Sanitation, dispensaries and jails vaccination Rajputana 1922-1927 - 1922-1927
Year: 1922
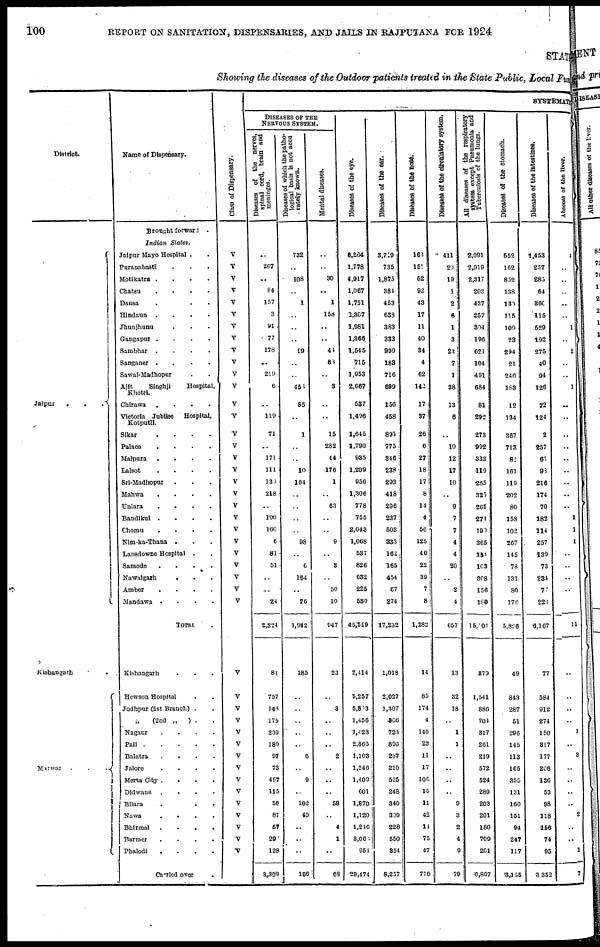
100
REPORT ON SANITATION, DISPENSARIES, AND JAILS IN RAJPUTANA FOR 1924
STAT
Showing the diseases of the Outdoor patients treated in the State Public, Local Fund
District.
Jaipur
...
Kishangarh ..
Marwar
...
Name of Dispensary.
Brought forward
.
Indian
States.
Jaipur Mayo Hospital ..
Puranabasti ...
Motikatra ....
Chatsu
.
.
.
.
Dausa ...
Hindaun .
.
.
.
Jhunjhunu ...
Gangapur .
.
.
.
Sambhar .
.
.
.
Sanganer .
.
.
.
Sawai-Madhopur ..
Ajit
Singhji
Hospital,
Khetri
Chirawa .
.
.
.
Victoria Jubilee
Hospital,
Kotputli.
Sikar
.
.
.
.
Palace
.
.
.
.
Malpura .
.
.
.
Lalsot
.
.
.
.
Sri-Madhopur ...
Mahwa
.
.
.
.
Uniara
.
.
.
.
Bandikui .
.
.
.
Chomu
.
.
.
.
Nim-ka-Thana ...
Lansdowne Hospital ..
Samode .
.
.
.
Nawalgarh ...
Amber
.
.
.
.
Mandawa .
.
.
.
TOTAL .
Kishangarh ...
Hewson Hospital ..
Jodhpur (1st Branch) ..
„
(2nd „
) . .
Nagaur
.
.
.
.
Pali
Balatra
.
.
.
.
Jalore
.
.
.
.
Merta City .
.
.
.
Didwana .
.
.
.
Bilara ...
Nawa
.
.
.
.
Bhirmal .
.
.
.
Barmer
.
.
.
.
Phalodi .
.
.
.
Carried over .
Class of Dispensary.
V
V
V
V
V
V
V
V
V
V
V
V
V
V
V
V
V
V
V
V
V
V
V
V
V
V
V
V
V
V
V
V
V
V
V
V
V
V
V
V
V
V
V
V
SYSTEMATIC
DISEASES OF THE
NERVOUS SYSTEM.
Diseases of the nerves,
spinal cord, brain and
meninges.
..
267
..
84
157
3
91
77
178
..
219
6
..
119
71
..
171
111
130
218
..
100
160
6
81
51
..
..
24
2,324
81
757
540
175
239
189
97
73
497
115
56
81
57
29
128
3,309
Diseases of which the patho-
logical basis is not accu
rately known.
732
..
108
..
1
..
..
..
99
..
..
450
85
..
1
..
..
10
104
..
..
..
..
98
..
6
164
..
76
1,942
185
..
..
..
..
..
6
..
9
..
102
49
..
..
..
166
Mental diseases.
..
..
30
..
1
158
..
..
41
88
..
3
..
..
15
282
44
176
1
..
63
..
..
9
..
3
..
50
10
947
23
..
3
..
..
..
2
..
..
..
58
..
4
1
..
68
Diseases of the eye.
6,264
1,778
4,917
1,067
1,751
2,307
1,981
1,366
1,545
715
1,953
2,667
537
1,496
1,645
1,790
935
1,209
956
1,306
778
755
2,043
1,068
537
826
632
225
530
45,519
2,414
5,257
5,803
1,456
1,428
2,865
1,103
1,246
1,409
601
1,870
1,120
1,216
3,061
951
29,474
Diseases of the ear.
3,719
735
1,875
381
453
638
383
333
999
183
716
699
156
458
895
775
346
238
293
418
296
237
503
333
162
165
454
67
274
17,232
1,018
2,027
1,307
366
723
893
237
210
525
248
340
309
228
550
354
8,257
Diseases of the nose.
160
151
52
92
43
17
11
40
34
4
62
142
17
37
26
6
27
18
17
8
14
4
56
125
40
22
39
7
8
1,282
14
85
174
4
146
23
11
17
100
15
11
42
11
75
47
770
Diseases of the circulatory system.
411
20
19
1
2
6
1
3
23
7
1
38
13
6
..
10
12
17
10
..
9
7
7
4
4
20
..
2
4
657
13
32
18
..
1
1
..
..
..
..
9
3
2
4
9
79
All diseases of the respiratory
System except Pneumonia and
Tuberculosis of the lungs.
2,091
2,919
2,317
203
437
257
304
196
621
104
491
684
81
292
273
992
333
119
265
325
261
271
190
365
351
103
308
156
180
15,001
379
1,541
886
704
317
261
219
572
524
289
203
201
180
709
201
6,807
Diseases of the stomach.
552
162
852
138
130
115
109
23
294
21
240
183
12
134
367
713
82
161
119
202
80
158
102
267
145
78
131
80
176
5,826
49
843
287
51
296
145
113
165
355
131
160
151
94
247
117
3,155
Diseases of the intestines.
1,453
257
285
64
300
115
529
192
275
40
94
126
72
124
2
257
65
98
216
174
70
182
114
257
139
73
234
77
220
6,167
77
584
912
274
150
317
177
208
136
53
98
118
156
74
95
3,352
Abscess of the liver.
4
..
..
..
..
..
1
..
2
..
..
1
..
..
..
..
..
..
..
..
..
1
1
1
..
..
..
..
..
11
..
..
..
..
1
..
3
..
..
..
..
2
..
..
1
7